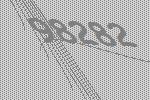
98282